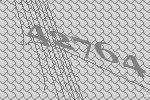
42764